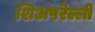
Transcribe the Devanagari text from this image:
शिअपरेल्ली